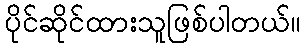
ပိုင်ဆိုင်ထားသူဖြစ်ပါတယ်။